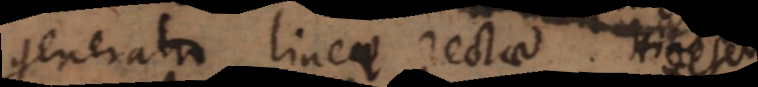
generatio lineae rectae. Am